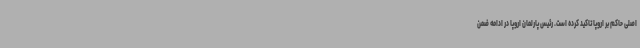
اصلی حاکم بر اروپا تاکید کرده است. رئیس پارلمان اروپا در ادامه ضمن